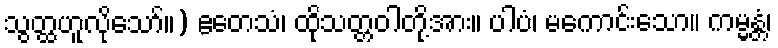
သွတ္ထဟူလိုသော်။) ဧတေသံ၊ ထိုသတ္တဝါတို့အား။ ပါပံ၊ မကောင်းသော။ ကမ္မန္တံ၊